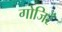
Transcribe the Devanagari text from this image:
गोजिरें